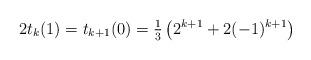
LaTeX: \begin{align*}2t_k(1) =t_{k+1}(0)= \tfrac{1}{3} \left(2^{k+1} +2 (-1)^{k+1}\right)\end{align*}